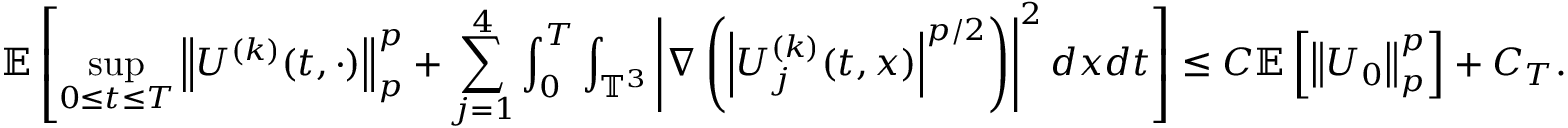
\mathbb { E } \left[ \operatorname* { s u p } _ { 0 \leq t \leq T } \left\| U ^ { ( k ) } ( t , \cdot ) \right\| _ { p } ^ { p } + \sum _ { j = 1 } ^ { 4 } \int _ { 0 } ^ { T } \int _ { \mathbb { T } ^ { 3 } } \left| \nabla \left( \left| U _ { j } ^ { ( k ) } ( t , x ) \right| ^ { p / 2 } \right) \right| ^ { 2 } d x d t \right] \leq C \mathbb { E } \left[ \left\| U _ { 0 } \right\| _ { p } ^ { p } \right] + C _ { T } .